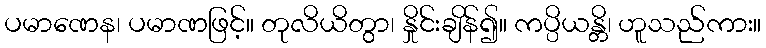
ပမာဏေန၊ ပမာဏဖြင့်။ တုလိယိတွာ၊ နှိုင်းချိန်၍။ ကပ္ပိယန္တိ၊ ဟူသည်ကား။